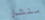
منشار